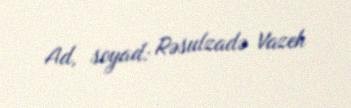
Ad, soyad: Rəsulzadə Vazeh